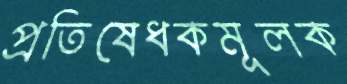
প্রতিষেধকমূলক